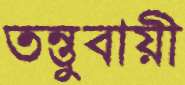
তন্তুবায়ী